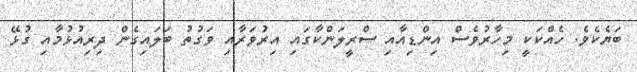
ބަޔެކެވެ. ހެއްކަކީ މިހާރުވެސް އިންޑިއާއި ސްރީލަންކާގައި އިރުވަރާއި ވަގުތު ބަލައިގެން ދިރިއުޅުމާއި ގުޅޭ